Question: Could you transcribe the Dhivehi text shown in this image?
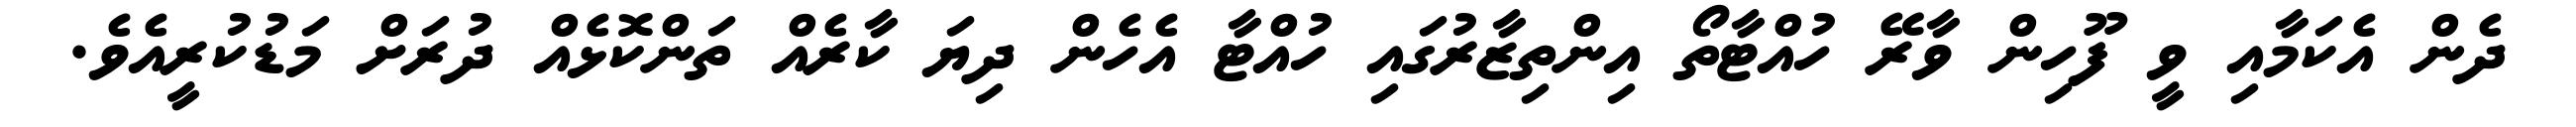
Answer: ދެން އެކަމާއި ވީ ފޫހިން ވާރޭ ހުއްޓާތޯ އިންތިޒާރުގައި ހުއްޓާ އެހެން ދިޔަ ކާރެއް ތަންކޮޅެއް ދުރަށް މަޑުކުރީއެވެ.